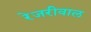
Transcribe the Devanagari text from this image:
रेजरीवाल